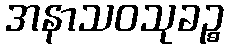
အနာသဝသုခဉ္စ